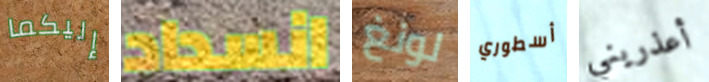
إليكما انسداد لونغ أسطوري أعذريني